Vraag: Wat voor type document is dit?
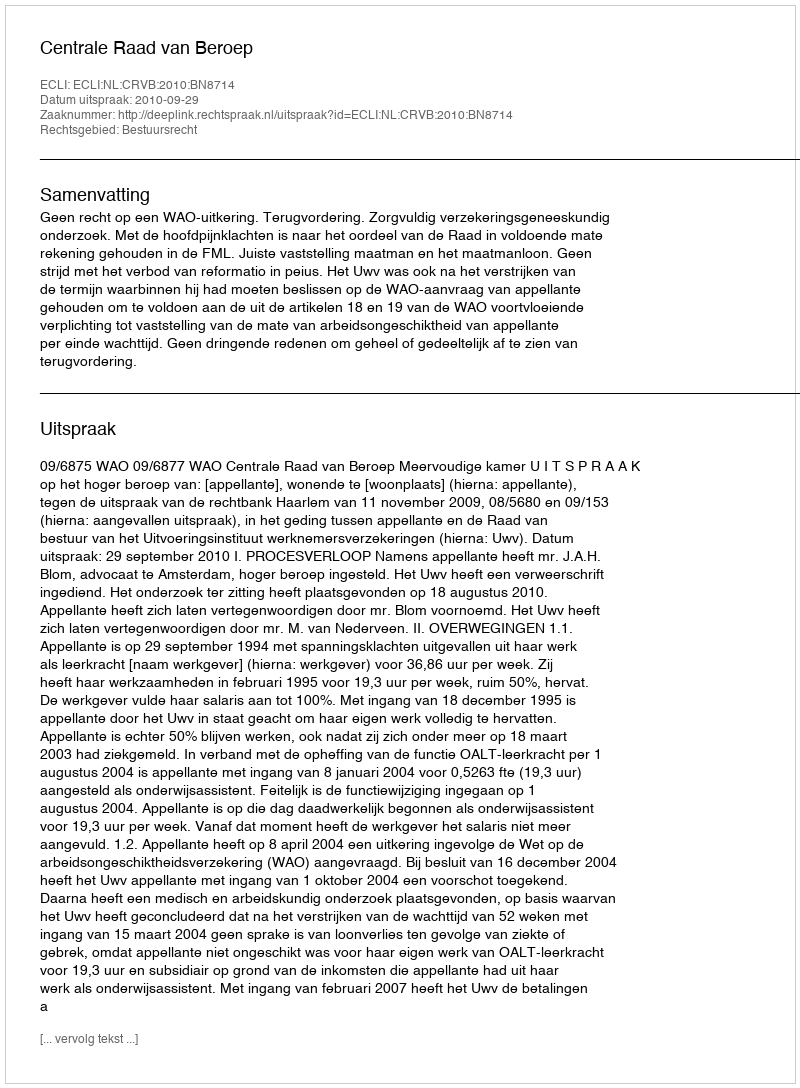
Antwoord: Uitspraak